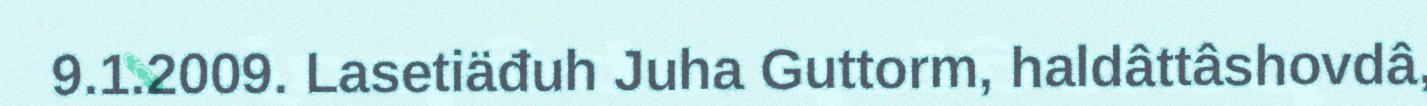
9.1.2009. Lasetiäđuh Juha Guttorm, haldâttâshovdâ,